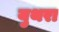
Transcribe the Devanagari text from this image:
युथरा